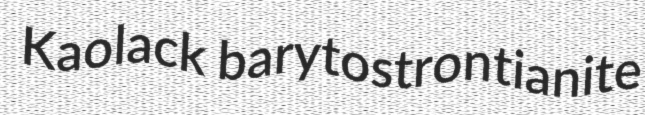
Kaolack barytostrontianite